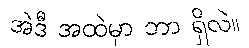
အဲဒီ အထဲမှာ ဘာ ရှိလဲ။